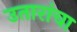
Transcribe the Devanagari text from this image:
उतारांचा